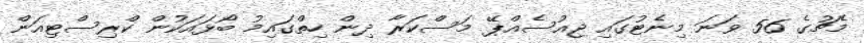
މެޗުގެ 56 ވަނަ މިނެޓުގައި ޖިއުސެއްޕޭ މަސްކަރާ ދިން ހިތްގައިމު ބޯޅައަކުން ކްރިސްޓިއަން